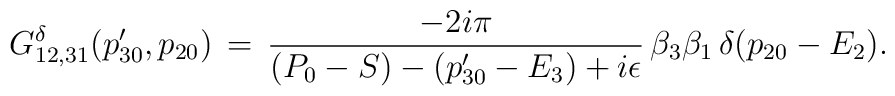
G^{\delta}_{12,31}(p'_{30},p_{20})\,=\,{-2i\pi\over(P_0-S)-(p'_{30}-E_3)+i\epsilon}\,\beta_3\beta_1\,\delta(p_{20}-E_2).